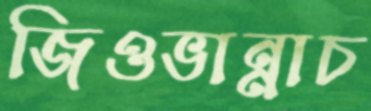
জিওভান্নাচ